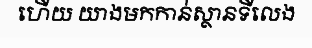
ហើយ យាងមកកាន់ស្ថានទីលេង